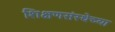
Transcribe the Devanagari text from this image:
शिक्षणसंस्थेच्या